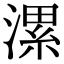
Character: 漯